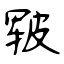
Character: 皲